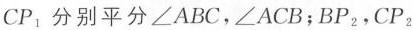
CP_{ 1}分别平分∠ABC，∠ACB；BP_{ 2}，CP_{ 2}